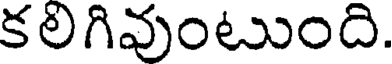
కలిగివుంటుంది.